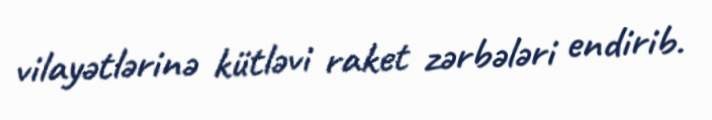
vilayətlərinə kütləvi raket zərbələri endirib.